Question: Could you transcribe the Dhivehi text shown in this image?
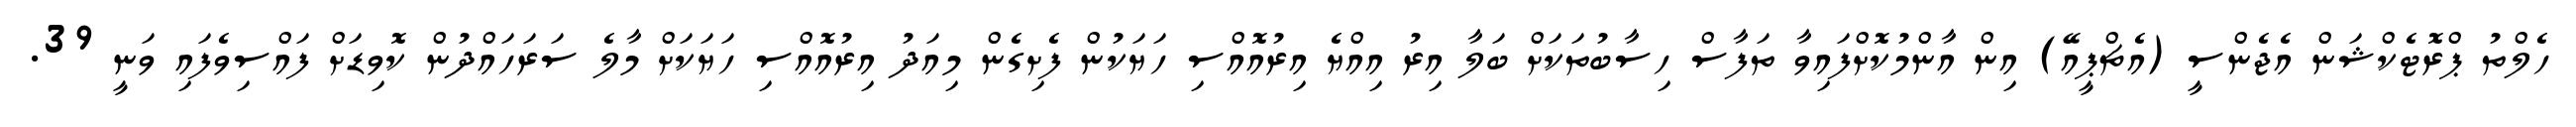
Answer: ހެލްތު ޕްރޮޓެކްޝަން އެޖެންސީ (އެޗްޕީއޭ) އިން އާންމުކޮށްފައިވާ ތަފާސް ހިސާބުތަކަށް ބަލާ އިރު އިއްޔެ އިރުއޮއްސި ހަޔަކުން ފެށިގެން މިއަދު އިރުއޮއްސި ހަޔަކަށް މާލެ ސަރަހައްދުން ކޮވިޑަށް ފައްސިވެފައި ވަނީ 39.